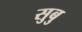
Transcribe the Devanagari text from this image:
सुबु